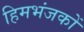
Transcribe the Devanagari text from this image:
हिमभंजकों